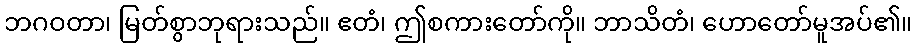
ဘဂဝတာ၊ မြတ်စွာဘုရားသည်။ ဧတံ၊ ဤစကားတော်ကို။ ဘာသိတံ၊ ဟောတော်မူအပ်၏။